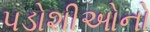
પડોશીઓનો